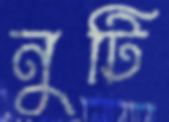
নুটি